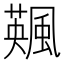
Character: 𩘕